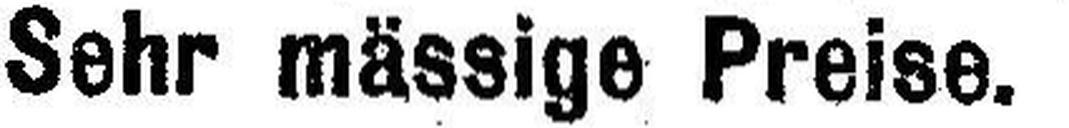
Sehr mässige Preise.